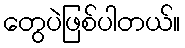
တွေပဲဖြစ်ပါတယ်။